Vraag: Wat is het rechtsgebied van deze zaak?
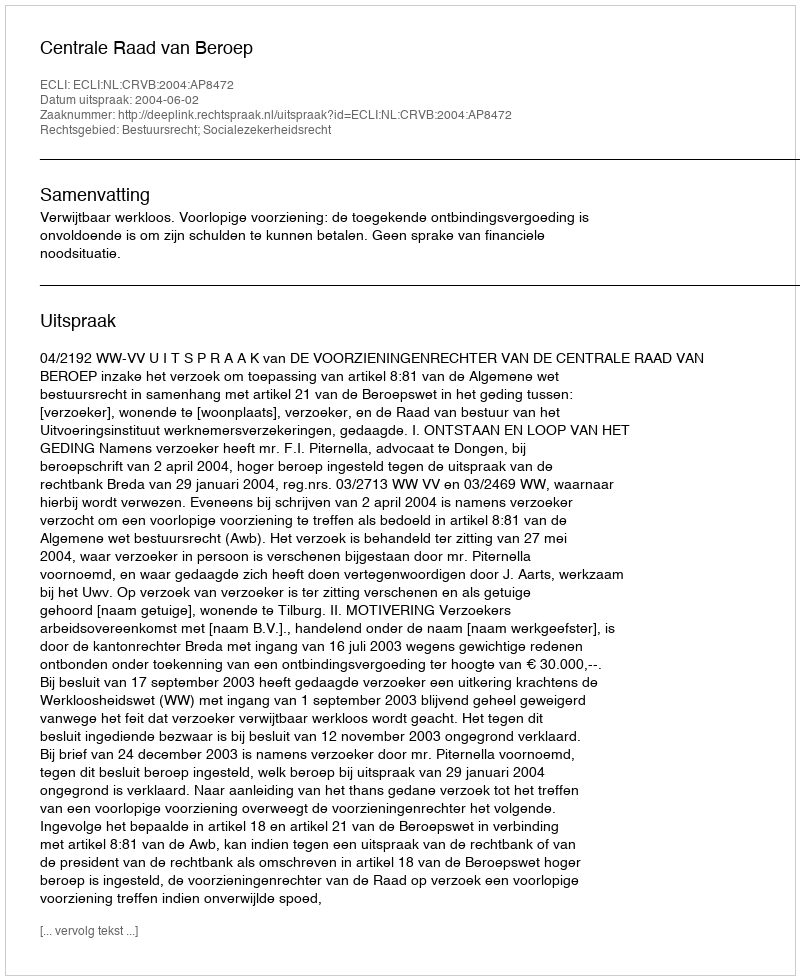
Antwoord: Bestuursrecht; Socialezekerheidsrecht